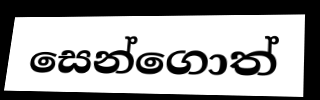
සෙන්ගොත්